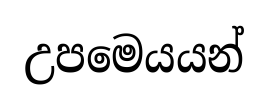
උපමෙයයන්